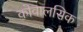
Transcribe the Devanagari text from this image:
कोवालसिक